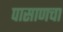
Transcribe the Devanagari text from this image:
पासाणचा